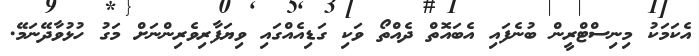
އެކަމަކު މިނިސްޓްރީން ބުނެފައި އެބައޮތް ދެއްތޯ ވަކި ގަޑިއެއްގައި ވިޔަފާރިވެރިންނަށް މަގު ހުޅުވާދޭނަމޭ.